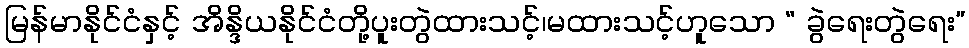
မြန်မာနိုင်ငံနှင့် အိန္ဒိယနိုင်ငံတို့ပူးတွဲထားသင့်၊မထားသင့်ဟူသော “ ခွဲရေးတွဲရေး”